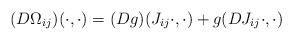
LaTeX: \begin{align*}(D\Omega_{ij})(\cdot,\cdot) = (Dg)(J_{ij}\cdot,\cdot) + g(DJ_{ij}\cdot,\cdot)\end{align*}